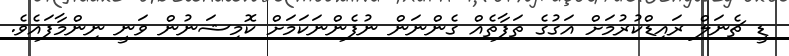
ޑީ ޗެނަލް ރައިޑްކުރުމަށް އަގުގެ ތަފާތެއް ގެންނަން ނުފެންނަކަމަށް ކޮމިޝަނުން ވަނީ ނިންމާފައެވެ.